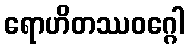
ရောဟိတဿဝဂ္ဂေါ